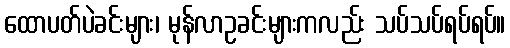
ထောပတ်ပဲခင်းများ၊ မုန်လာဥခင်းများကလည်း သပ်သပ်ရပ်ရပ်။